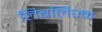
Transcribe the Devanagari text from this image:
लिबर्लिज्म